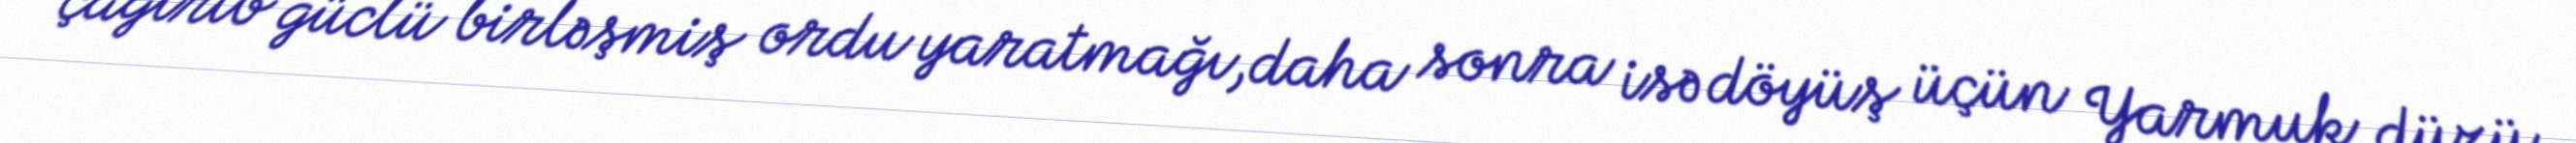
çağırıb güclü birləşmiş ordu yaratmağı,daha sonra isə döyüş üçün Yarmuk düzü